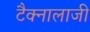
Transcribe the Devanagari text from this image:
टैक्नालाजी